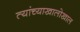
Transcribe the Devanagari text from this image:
त्यांच्याखालोखाल